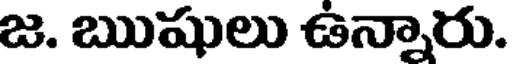
జ. ఋషులు ఉన్నారు.